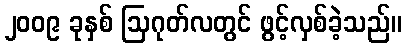
၂၀၀၉ ခုနှစ် ဩဂုတ်လတွင် ဖွင့်လှစ်ခဲ့သည်။